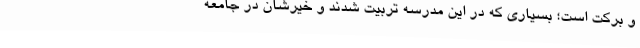
و برکت است؛ بسیاری که در این مدرسه‌ تربیت شدند و خیرشان در جامعه